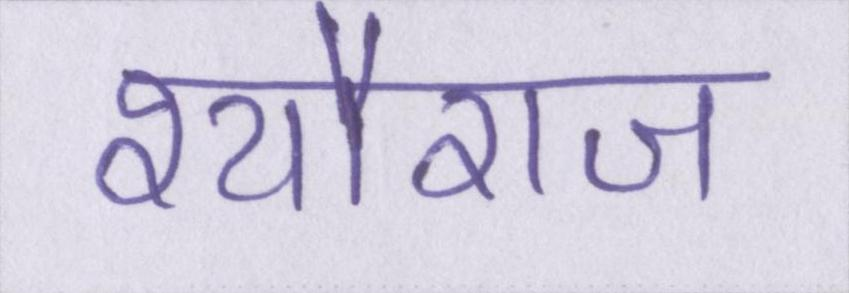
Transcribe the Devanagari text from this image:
श्यौराज